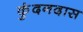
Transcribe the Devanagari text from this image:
कुंदनदास